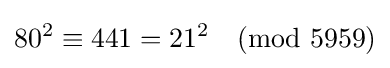
80^{2}\equiv 441=21^{2}{\pmod {5959}}